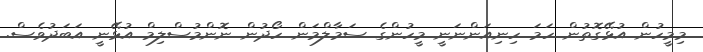
މިމީހުން އުޅޭގޮތުން ހަމަ ހިނިއަންނަނީ މީހުންގެ ސަމާލްމަން ހޯދުން ނޮންމުސްލިމް އުޅޭނީ އަބަދުވެސް.